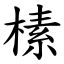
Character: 榡